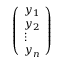
\begin{array} { r } { \left( \begin{array} { l } { y _ { 1 } } \\ { y _ { 2 } } \\ { \vdots } \\ { y _ { n } } \end{array} \right) } \end{array}